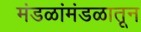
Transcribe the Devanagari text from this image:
मंडळांमंडळातून